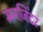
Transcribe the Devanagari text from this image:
मनजिंदर